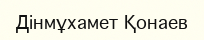
Дінмұхамет Қонаев